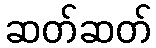
ဆတ်ဆတ်